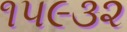
૧૫૯૩૨